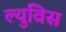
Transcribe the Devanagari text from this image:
ल्युविस